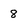
Character: 8